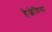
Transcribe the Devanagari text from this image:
हेल्वेतिया